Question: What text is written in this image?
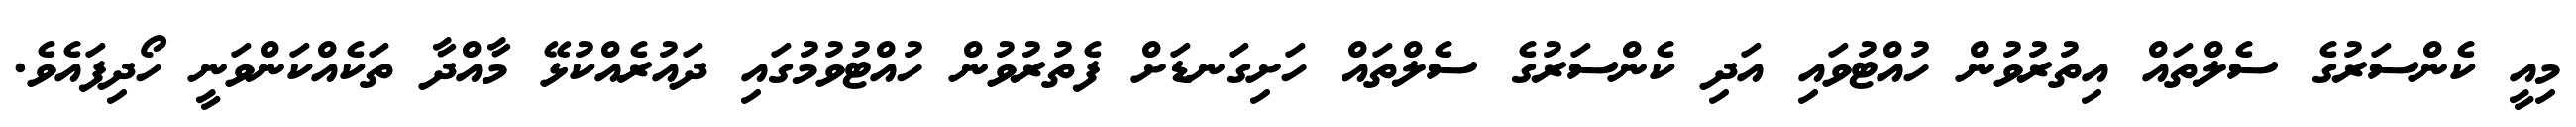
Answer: މިއީ ކެންސަރުގެ ސެލްތައް އިތުރުވުން ހުއްޓުވައި އަދި ކެންސަރުގެ ސެލްތައް ހަށިގަނޑަށް ފެތުރުވުން ހުއްޓުވުމުގައި ދައުރެއްކުޅޭ މާއްދާ ތަކެއްކަންވަނީ ހޯދިފައެވެ.